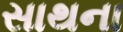
સાથના